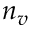
n _ { v }